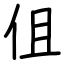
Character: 伹